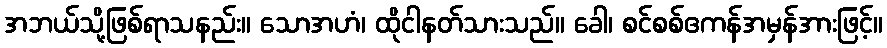
အဘယ်သို့ဖြစ်ရာသနည်း။ သောအဟံ၊ ထိုငါနတ်သားသည်။ ခေါ၊ စင်စစ်ဧကန်အမှန်အားဖြင့်။